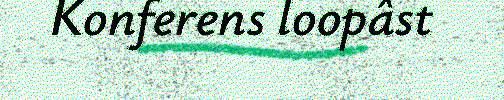
Konferens loopâst